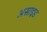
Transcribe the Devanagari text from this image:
असाइड